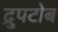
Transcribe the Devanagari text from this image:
द्रुपटोब